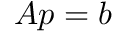
{ \boldsymbol { A } } { \boldsymbol { p } } = { \boldsymbol { b } }